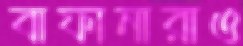
বাফানারাও